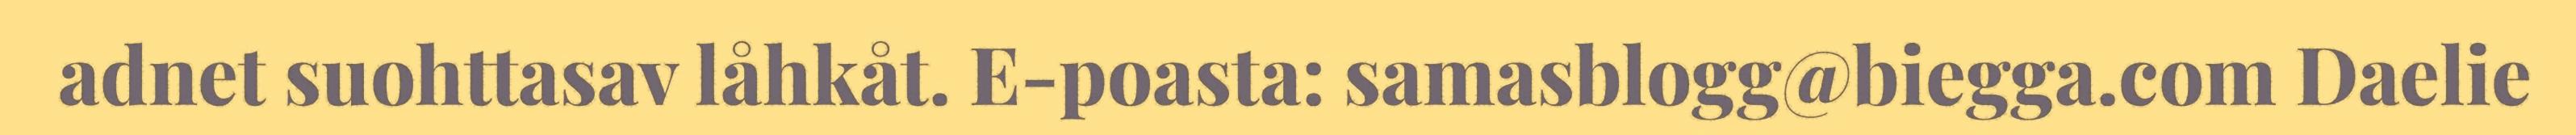
adnet suohttasav låhkåt. E-poasta: samasblogg@biegga.com Daelie